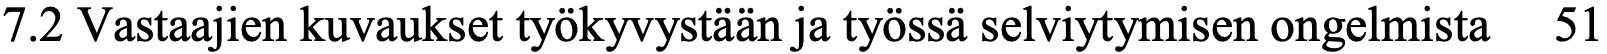
7.2 Vastaajien kuvaukset työkyvystään ja työssä selviytymisen ongelmista 51